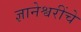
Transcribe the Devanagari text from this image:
ज्ञानेश्वरींचे